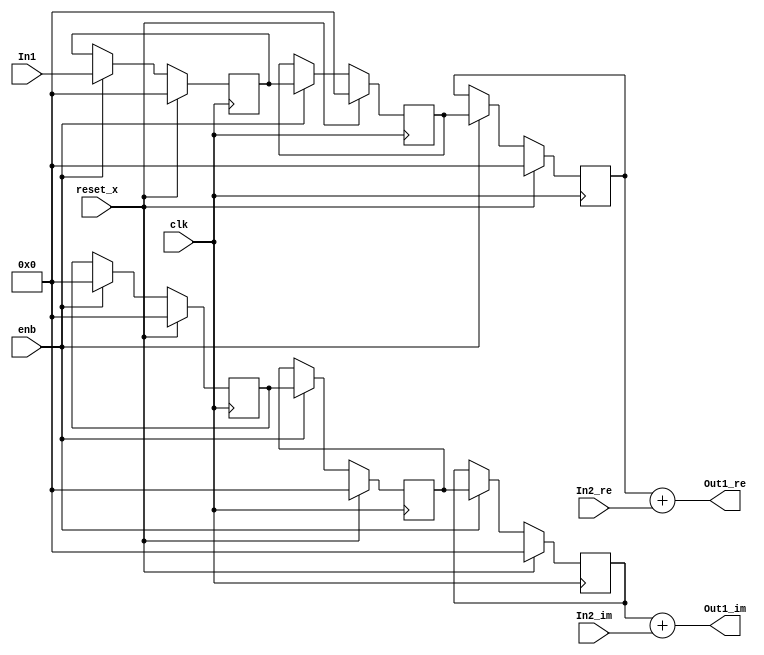
// -------------------------------------------------------------
// 
// 
// Generated by MATLAB 9.8 and HDL Coder 3.16
// 
// -------------------------------------------------------------


// -------------------------------------------------------------
// 
// Module: Complex_Sum_block13
// Source Path: newhope_cambios/FDHT/DFT/DFT10 - block/DFT5-row 1/DFT5-5/Complex-Sum
// Hierarchy Level: 5
// 
// -------------------------------------------------------------

`timescale 1 ns / 1 ns

module Complex_Sum_block13
          (clk,
           reset_x,
           enb,
           In1,
           In2_re,
           In2_im,
           Out1_re,
           Out1_im);


  input   clk;
  input   reset_x;
  input   enb;
  input   signed [36:0] In1;  // sfix37_En22
  input   signed [36:0] In2_re;  // sfix37_En22
  input   signed [36:0] In2_im;  // sfix37_En22
  output  signed [36:0] Out1_re;  // sfix37_En22
  output  signed [36:0] Out1_im;  // sfix37_En22


  wire signed [36:0] Complex_to_Real_Imag1_out1;  // sfix37_En22
  wire signed [36:0] Complex_to_Real_Imag1_out2;  // sfix37_En22
  reg signed [36:0] delayMatch_reg [0:2];  // sfix37 [3]
  wire signed [36:0] delayMatch_reg_next [0:2];  // sfix37_En22 [3]
  wire signed [36:0] Complex_to_Real_Imag1_out1_1;  // sfix37_En22
  wire signed [36:0] Sum_out1;  // sfix37_En22
  reg signed [36:0] delayMatch1_reg [0:2];  // sfix37 [3]
  wire signed [36:0] delayMatch1_reg_next [0:2];  // sfix37_En22 [3]
  wire signed [36:0] Complex_to_Real_Imag1_out2_1;  // sfix37_En22
  wire signed [36:0] Sum1_out1;  // sfix37_En22


  assign Complex_to_Real_Imag1_out1 = In1;
  assign Complex_to_Real_Imag1_out2 = 37'sh0000000000;



  always @(posedge clk)
    begin : delayMatch_process
      if (reset_x == 1'b1) begin
        delayMatch_reg[0] <= 37'sh0000000000;
        delayMatch_reg[1] <= 37'sh0000000000;
        delayMatch_reg[2] <= 37'sh0000000000;
      end
      else begin
        if (enb) begin
          delayMatch_reg[0] <= delayMatch_reg_next[0];
          delayMatch_reg[1] <= delayMatch_reg_next[1];
          delayMatch_reg[2] <= delayMatch_reg_next[2];
        end
      end
    end

  assign Complex_to_Real_Imag1_out1_1 = delayMatch_reg[2];
  assign delayMatch_reg_next[0] = Complex_to_Real_Imag1_out1;
  assign delayMatch_reg_next[1] = delayMatch_reg[0];
  assign delayMatch_reg_next[2] = delayMatch_reg[1];



  assign Sum_out1 = Complex_to_Real_Imag1_out1_1 + In2_re;



  assign Out1_re = Sum_out1;

  always @(posedge clk)
    begin : delayMatch1_process
      if (reset_x == 1'b1) begin
        delayMatch1_reg[0] <= 37'sh0000000000;
        delayMatch1_reg[1] <= 37'sh0000000000;
        delayMatch1_reg[2] <= 37'sh0000000000;
      end
      else begin
        if (enb) begin
          delayMatch1_reg[0] <= delayMatch1_reg_next[0];
          delayMatch1_reg[1] <= delayMatch1_reg_next[1];
          delayMatch1_reg[2] <= delayMatch1_reg_next[2];
        end
      end
    end

  assign Complex_to_Real_Imag1_out2_1 = delayMatch1_reg[2];
  assign delayMatch1_reg_next[0] = Complex_to_Real_Imag1_out2;
  assign delayMatch1_reg_next[1] = delayMatch1_reg[0];
  assign delayMatch1_reg_next[2] = delayMatch1_reg[1];



  assign Sum1_out1 = Complex_to_Real_Imag1_out2_1 + In2_im;



  assign Out1_im = Sum1_out1;

endmodule  // Complex_Sum_block13